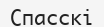
Спасскі